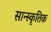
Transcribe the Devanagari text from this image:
सान्स्कृतिक